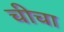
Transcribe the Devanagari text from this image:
चीचा